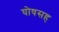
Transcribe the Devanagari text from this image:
घोषसह